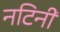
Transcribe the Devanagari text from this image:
नटिनी